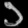
Digit: ၁